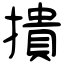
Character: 撌